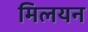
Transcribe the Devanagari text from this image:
मिलयन